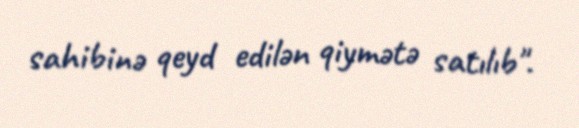
sahibinə qeyd edilən qiymətə satılıb".